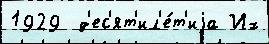
1929  д'ес'ят'ил'е́т'иjа Их